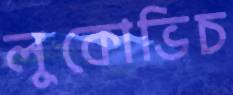
লুকোভিচ